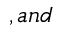
, a n d